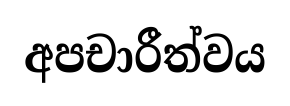
අපචාරීත්වය